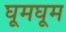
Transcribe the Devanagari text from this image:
घूमघूम